38_143685_box7_Incident_Summaries_1-100
Agency: Department of War
Page 115
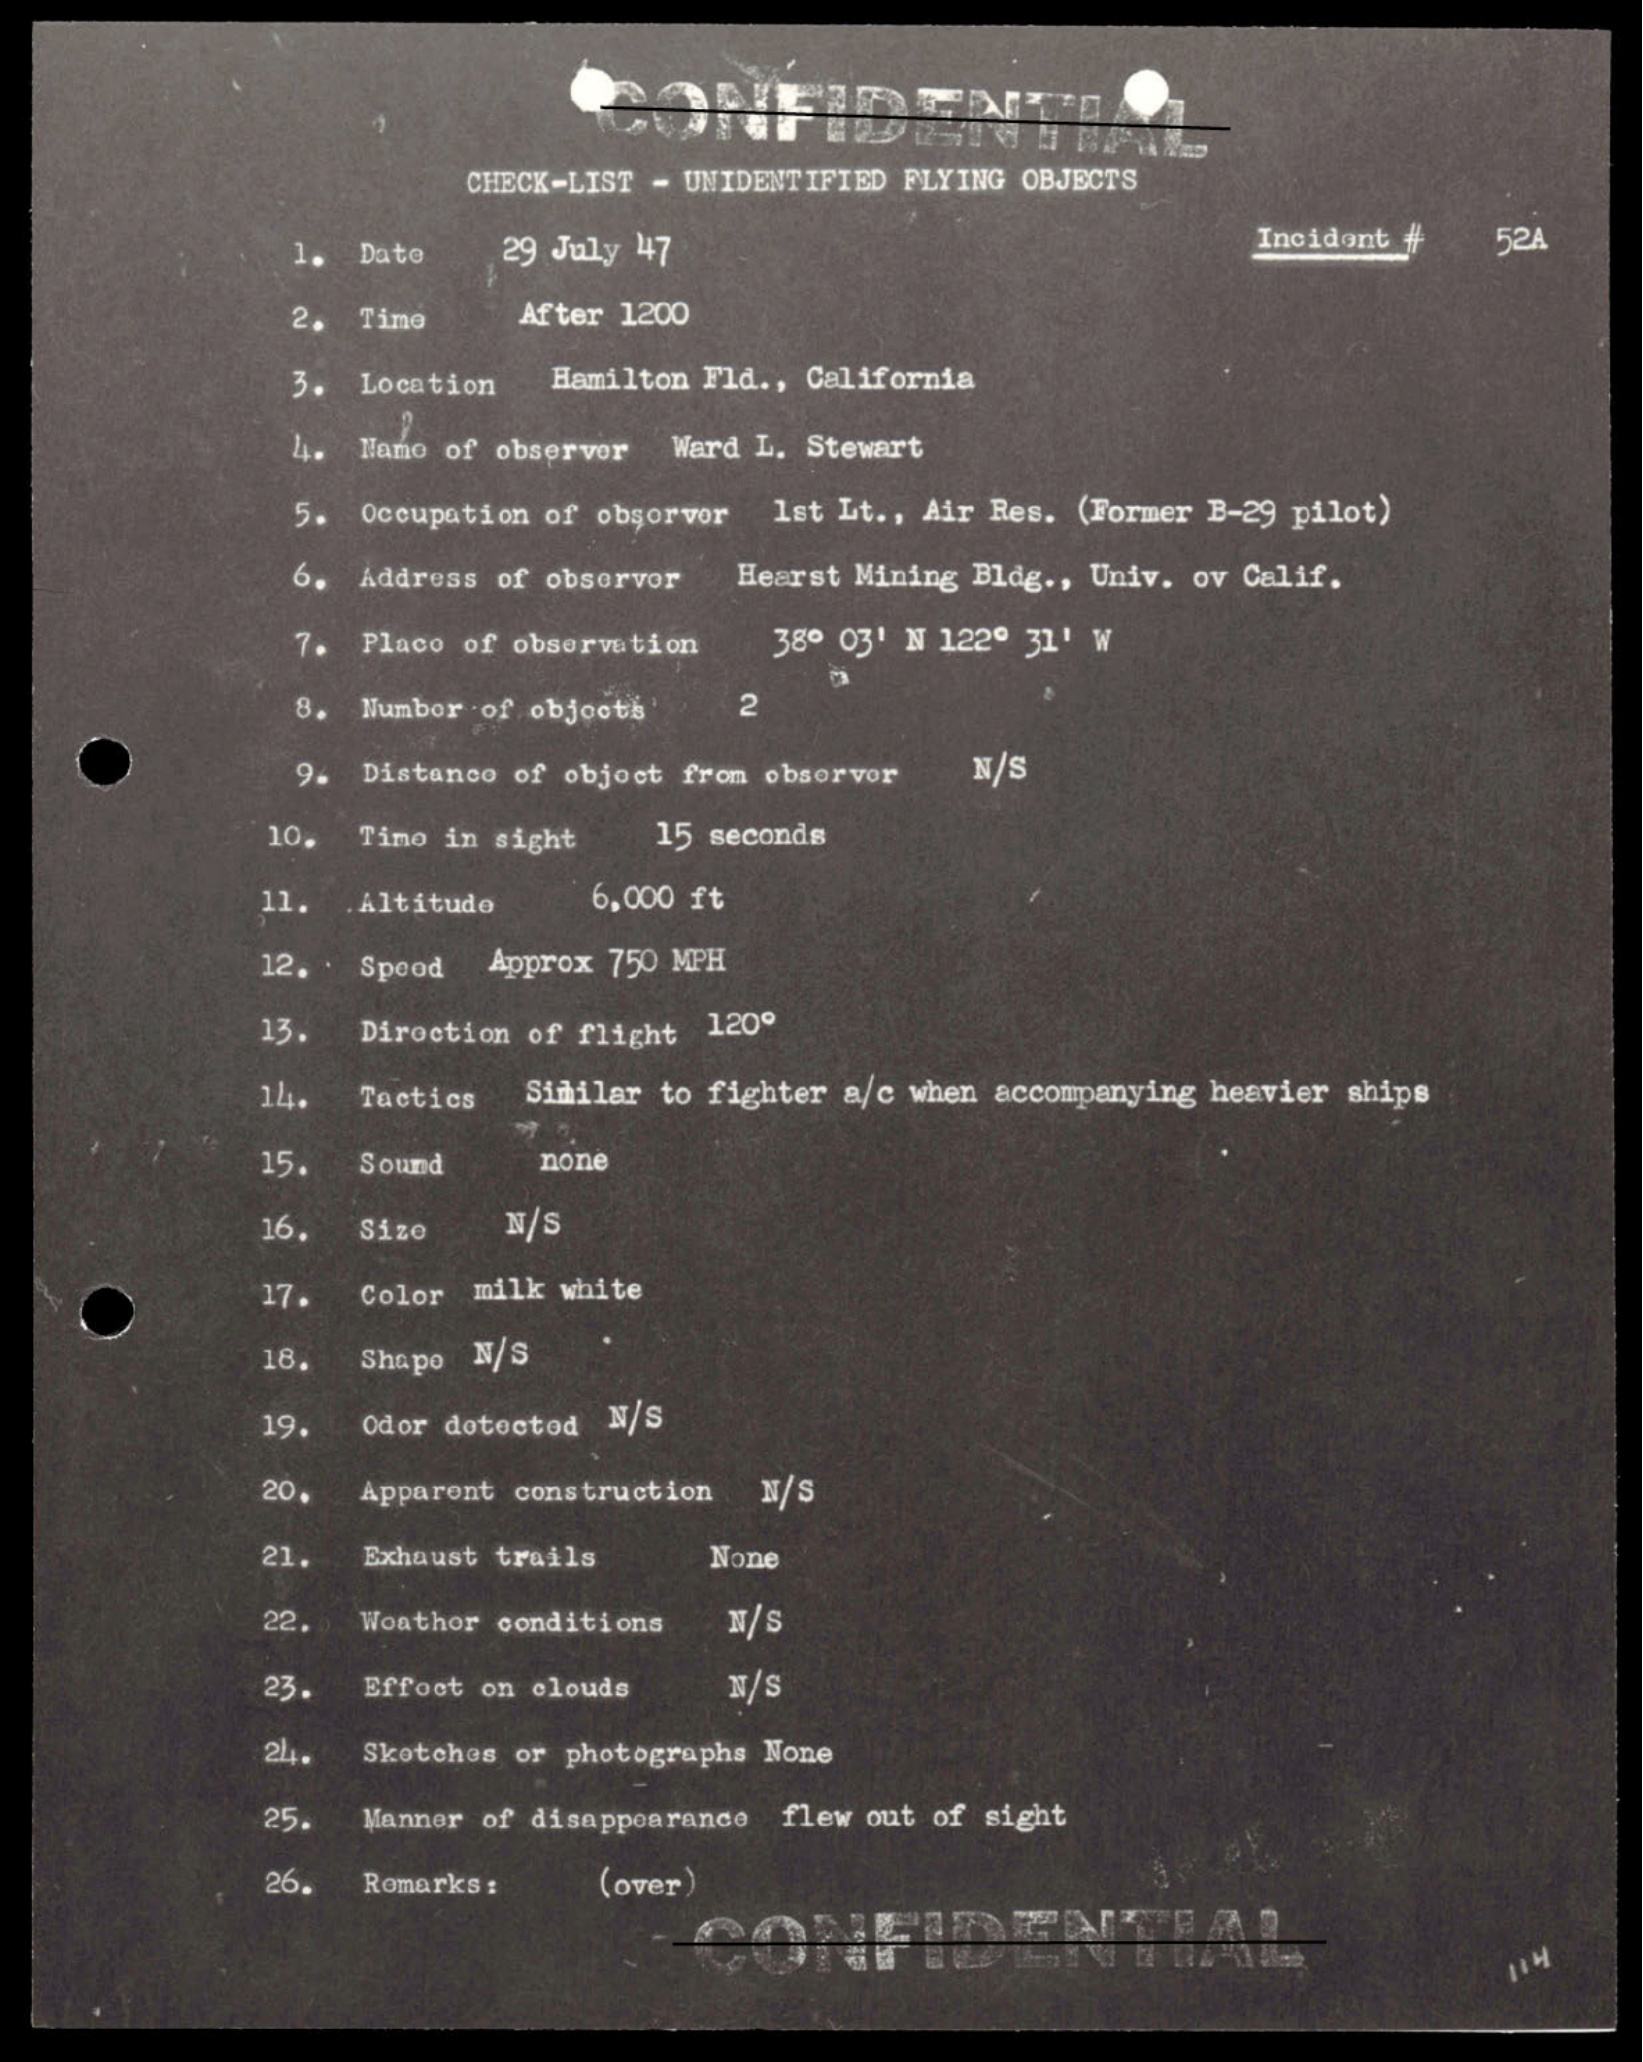